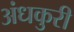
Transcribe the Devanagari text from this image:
अंधकुरी